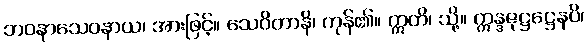
ဘဝနာသေဝနာယ၊ အားဖြင့်။ သေဝိတာနိ၊ ကုန်၏။ ဣတိ၊ သို့။ ဣန္ဒဇုဋ္ဌဋ္ဌေနပိ၊